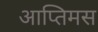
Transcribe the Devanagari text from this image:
आप्तिमस